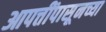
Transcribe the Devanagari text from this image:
आपत्तींपासूनच्या